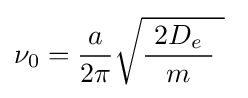
\nu _{0}={\frac {a}{2\pi }}{\sqrt {{\frac {\ 2D_{e}\ }{m}}\ }}~